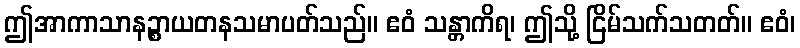
ဤအာကာသာနဉ္စာယတနသမာပတ်သည်။ ဧဝံ သန္တာကိရ၊ ဤသို့ ငြိမ်သက်သတတ်။ ဧဝံ၊